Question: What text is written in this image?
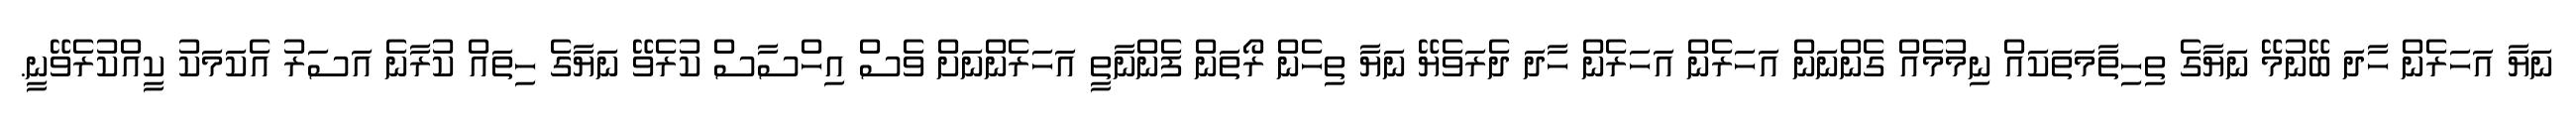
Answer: ނަޔާ އަހަރެން ހާދަ ބޭނުމޭ ނަޔާގެ ތިހިތާމަތަކައް ނިމުމެއް ގެންނަން އަހަރެން އަހަރެން ހާދަ ދެރަވެޔޭ ނަޔާ ތިހެން ރޯތަން ފެންނާތީ އަހަރެންނަށް ވެސް އިހްސާސް ކުރެވޭ ނަޔާގެ ހިތައް ކުރާނެ އަސަރު އެކަމަކު ކީއްކުރެވޭނީ.